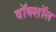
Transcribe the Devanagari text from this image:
वॉक्शॉल